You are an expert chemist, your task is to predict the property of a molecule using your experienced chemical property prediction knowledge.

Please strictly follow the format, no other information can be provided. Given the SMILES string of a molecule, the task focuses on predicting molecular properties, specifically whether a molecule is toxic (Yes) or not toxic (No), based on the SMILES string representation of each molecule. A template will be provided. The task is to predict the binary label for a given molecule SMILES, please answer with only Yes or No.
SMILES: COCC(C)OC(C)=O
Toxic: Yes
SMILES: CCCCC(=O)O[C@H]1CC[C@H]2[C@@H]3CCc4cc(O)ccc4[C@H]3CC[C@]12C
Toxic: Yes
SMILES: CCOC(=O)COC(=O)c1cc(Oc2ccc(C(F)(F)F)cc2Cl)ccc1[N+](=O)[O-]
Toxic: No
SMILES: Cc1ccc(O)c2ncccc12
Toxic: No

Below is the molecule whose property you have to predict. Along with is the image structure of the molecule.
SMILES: CCCC(CC)CCCCCCCN
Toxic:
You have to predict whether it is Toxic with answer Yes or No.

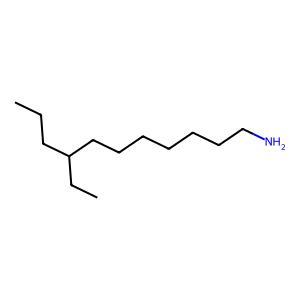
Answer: No